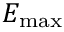
E _ { \mathrm { m a x } }